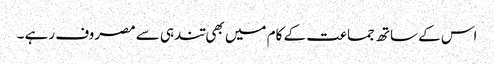
اس کے ساتھ جماعت کے کام میں بھی تندہی سے مصروف رہے ۔